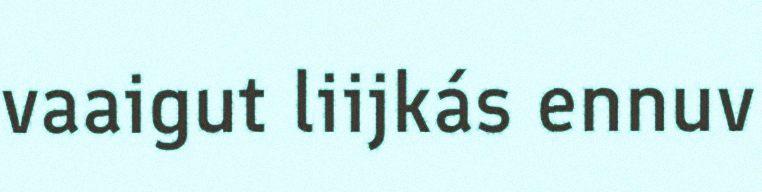
vaaigut liijkás ennuv